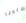
قادنا